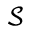
\mathcal { S }